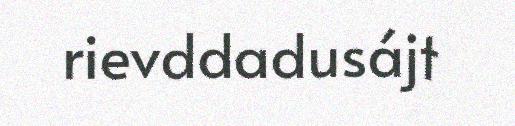
rievddadusájt